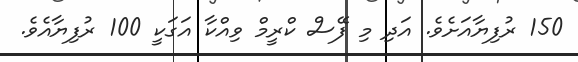
150 ރުފިޔާއަށެވެ. އަދި މި ފޭސް ކްރީމް ވިއްކާ އަގަކީ 100 ރުފިޔާއެވެ.